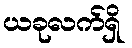
ယခုလက်ရှိ